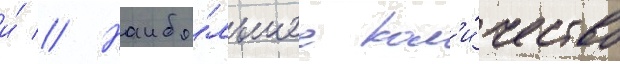
и́ // Наибо́льшее кол'и́чество